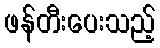
ဖန်တီးပေးသည့်